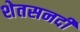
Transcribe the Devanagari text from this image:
शेतसनदी